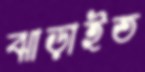
ঝাড়াইত